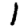
Digit: 1